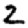
Digit: 2